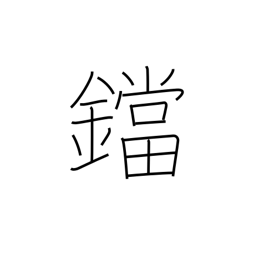
Meaning: flatiron